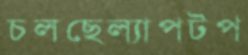
চলছেল্যাপটপ